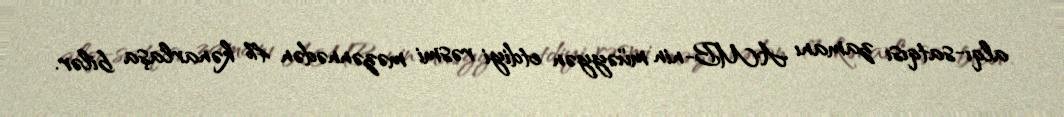
alqı-satqısı zamanı AMB-nin müəyyən etdiyi rəsmi məzənnədən 4% kənarlaşa bilər.